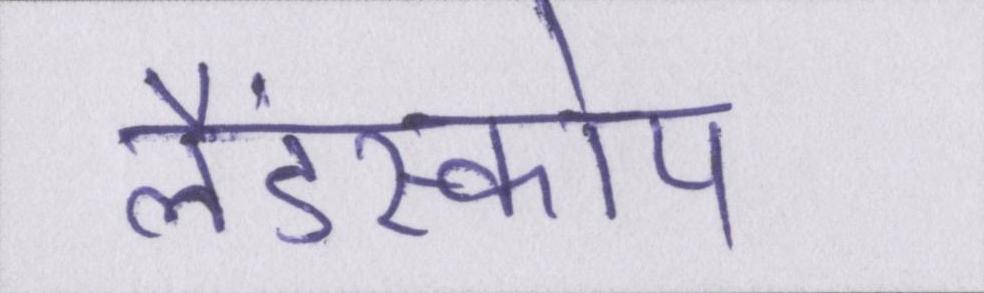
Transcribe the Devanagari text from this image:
लैंडस्कोप